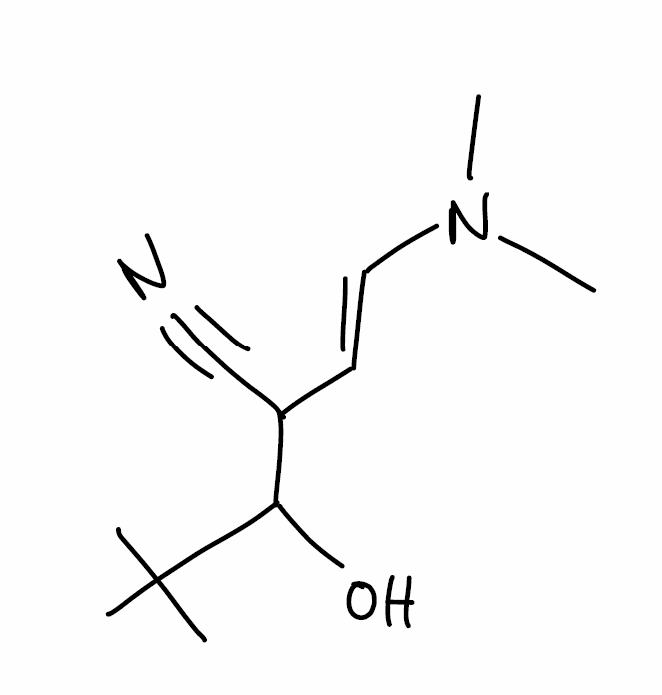
Simplified molecular-input line-entry system (SMILES) notation of the given molecule:
CC(C)(C)C(C(/C=C/N(C)C)C#N)O